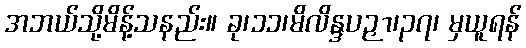
အဘယ်သို့မိန့်သနည်း။ ခု၊၁၁၊မိလိန္ဒပဉှာ၊၃၇၊ မှယူရန်